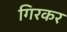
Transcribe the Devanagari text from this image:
गिरकर